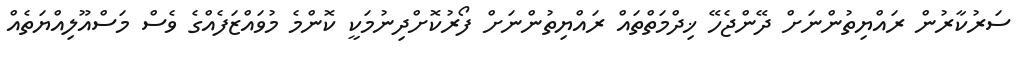
ސަރުކާރުން ރައްޔިތުންނަށް ދޭންޖެހޭ ޚިދްމަތްތައް ރައްޔިތުންނަށް ފޯރުކޮށްދިނުމަކީ ކޮންމެ މުވައްޒަފެއްގެ ވެސް މަސްއޫލިއްޔަތެއް